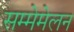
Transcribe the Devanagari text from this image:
सम्मेमेलन